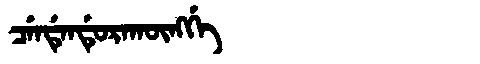
Manchu: ᠴᡝᠨᡩᡝᠨᡩᡠᡵᠠᡴᡡᠩᡤᡝ
Romanization: CENDENDURAKŪNGGE